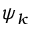
\psi _ { k }